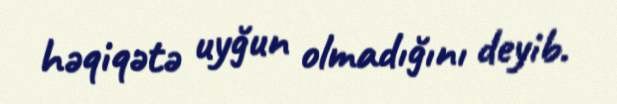
həqiqətə uyğun olmadığını deyib.